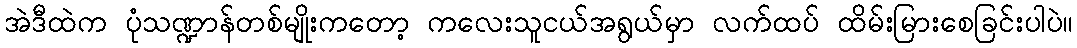
အဲဒီထဲက ပုံသဏ္ဍာန်တစ်မျိုးကတော့ ကလေးသူငယ်အရွယ်မှာ လက်ထပ် ထိမ်းမြားစေခြင်းပါပဲ။